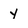
Character: y